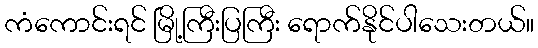
ကံကောင်းရင် မြို့ကြီးပြကြီး ရောက်နိုင်ပါသေးတယ်။